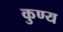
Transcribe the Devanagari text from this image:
कुण्य